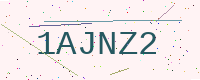
Text: 1AJNZ2